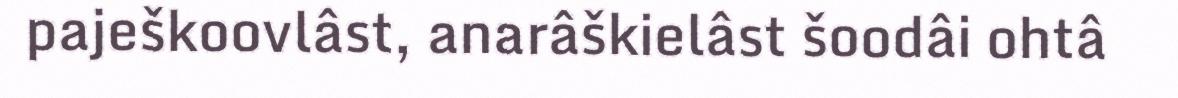
paješkoovlâst, anarâškielâst šoodâi ohtâ